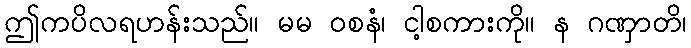
ဤကပိလရဟန်းသည်။ မမ ဝစနံ၊ ငါ့စကားကို။ န ဂဏှာတိ၊